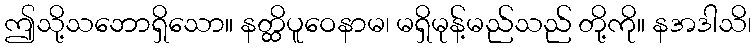
ဤသို့သဘောရှိသော။ နတ္ထိပူဝေနာမ၊ မရှိမုန့်မည်သည် တို့ကို။ နအဒါသိ၊